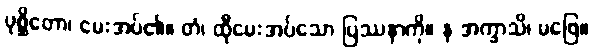
ပုစ္ဆိတော၊ မေးအပ်၏။ တံ၊ ထိုမေးအပ်သော ပြဿနာကို။ န အက္ခာသိ၊ မဖြေ။